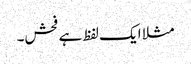
مثلا ایک لفظ ہے فحش۔